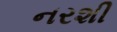
નરશી